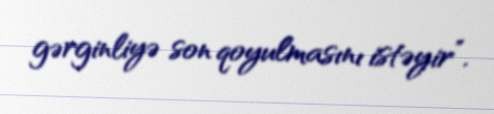
gərginliyə son qoyulmasını istəyir”.